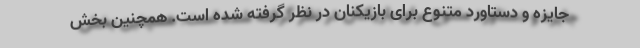
جایزه و دستاورد متنوع برای بازیکنان در نظر گرفته شده است. همچنین بخش